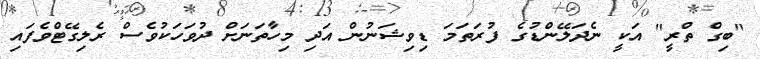
"ބިގް ތްރީ" އަކީ ނެދަލޭންޑުގެ ފުރަތަމަ ޑިވިޝަނުން އަދި މިހާތަނަށް ދުވަހަކުވެސް ރެލިގޭޓްވެފައި